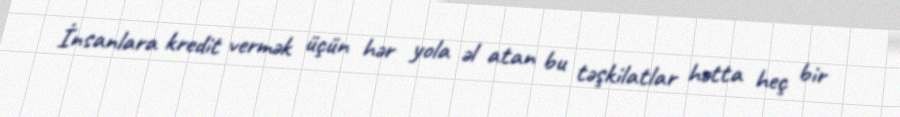
İnsanlara kredit vermək üçün hər yola əl atan bu təşkilatlar hətta heç bir